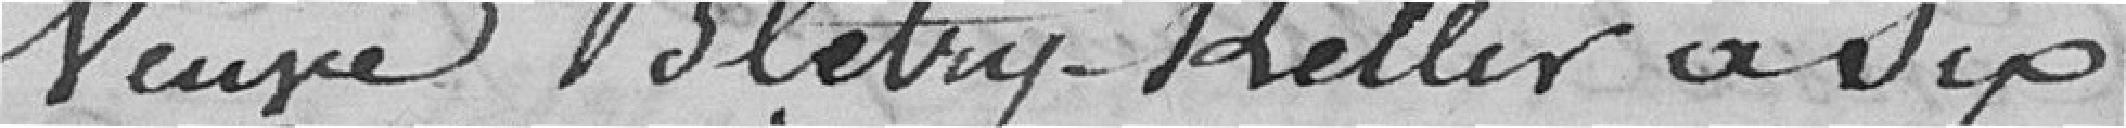
veuve Blétry-Keller à six.